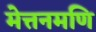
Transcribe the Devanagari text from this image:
मेत्तनमणि